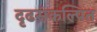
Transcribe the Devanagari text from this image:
दृढसंकल्पित